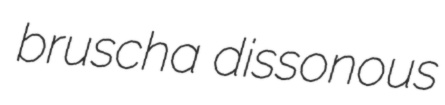
bruscha dissonous